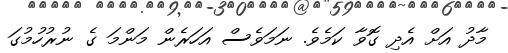
މާދު އަށް އެދި ގޮވާ ކަމެވެ. ނަމަވެސް އަހަރެން މަންމަ ގެ ނުރުހުމުގަ